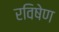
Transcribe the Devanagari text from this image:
रविषेण